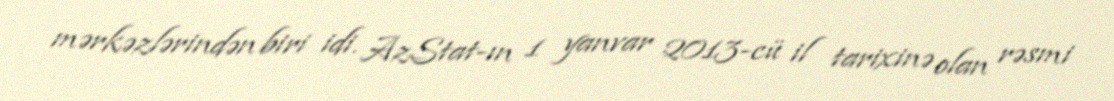
mərkəzlərindən biri idi. AzStat-ın 1 yanvar 2013-cü il tarixinə olan rəsmi